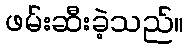
ဖမ်းဆီးခဲ့သည်။